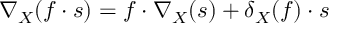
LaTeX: \nabla _ { X } ( f \cdot s ) = f \cdot \nabla _ { X } ( s ) + \delta _ { X } ( f ) \cdot s